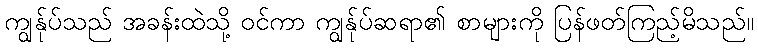
ကျွန်ုပ်သည် အခန်းထဲသို့ ဝင်ကာ ကျွန်ုပ်ဆရာ၏ စာများကို ပြန်ဖတ်ကြည့်မိသည်။